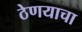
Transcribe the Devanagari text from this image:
ठेणयाचा